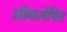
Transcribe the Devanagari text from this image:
सीसलेपित